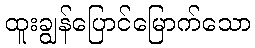
ထူးချွန်ပြောင်မြောက်သော